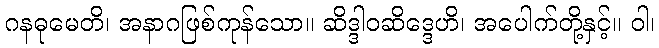
ဂနဓုမေတိ၊ အနာဂဖြစ်ကုန်သော။ ဆိဒ္ဒါဝဆိဒ္ဒေဟိ၊ အပေါက်တို့နှင့်။ ဝါ၊